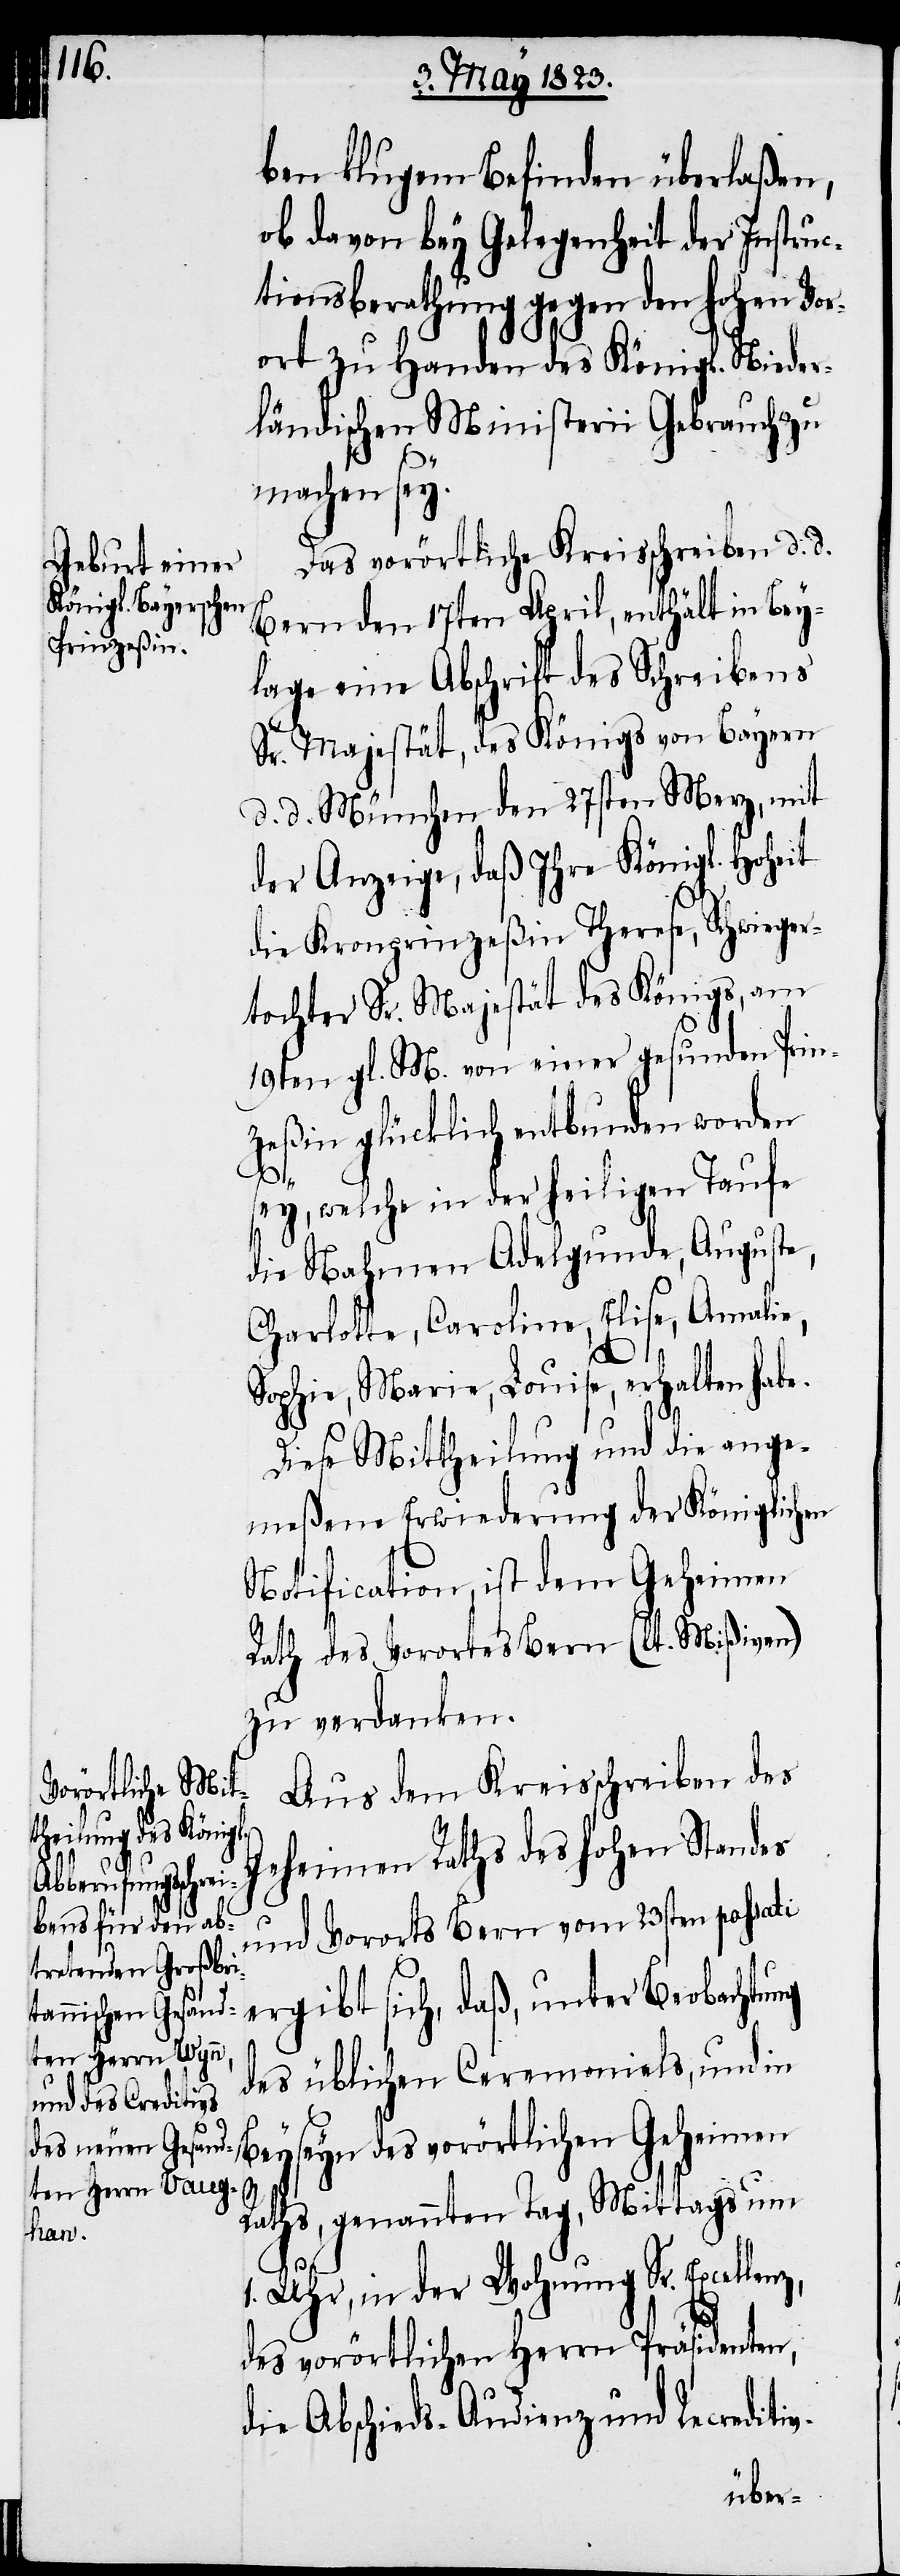
lenz,

ben klugem Befinden überlaßen,
ob davon bey Gelegenheit der Instruc¬
tionsberathung gegen den hohen Vor¬
ort zu Handen des Königl. Nieder¬
ländischen Ministerii Gebrauch zu
machen sey.
Das vorörtliche Kreisschreiben d. d.
Bern den 17ten April, enthält in Bey¬
lage eine Abschrift des Schreibens
Sr. Majestät, des Königs von Bayern
d. d. München den 27sten Merz, mit
der Anzeige, daß Ihre Königl. Hoheit
die Kronprinzeßin Therese, Schwieger¬
tochter Sr. Majestät des Königs, am
19ten gl. M. von einer gesunden Prin¬
zeßin glücklich entbunden worden
sey, welche in der heiligen Taufe
die Nahmen Adelgunde, Auguste,
Charlotte, Caroline, Elise, Amali¬
1.
e,
Sophie, Marie, Louise, erhalten habe.
Diese Mittheilung und die ange¬
meßene Erwiederung der Königlichen
Notification, ist dem Geheimen
Rath des Vorortes Bern (lt. Mißiven)
zu verdanken.
Aus dem Kreisschreiben des
Geheimen Raths des hohen Standes
und Vororts Bern vom 23sten passati
ergibt sich, daß, unter Beobachtung
des üblichen Ceremonials, und in
Beyseyn des vorörtlichen Geheimen
Raths, genannten Tag, Mittags um
Uhr, in der Wohnung Sr. Excel¬
des vorörtlichen Herrn Präsidenten,
die Abschieds-Audienz und Recreditiv-